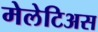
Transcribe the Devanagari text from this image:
मेलेटिअस